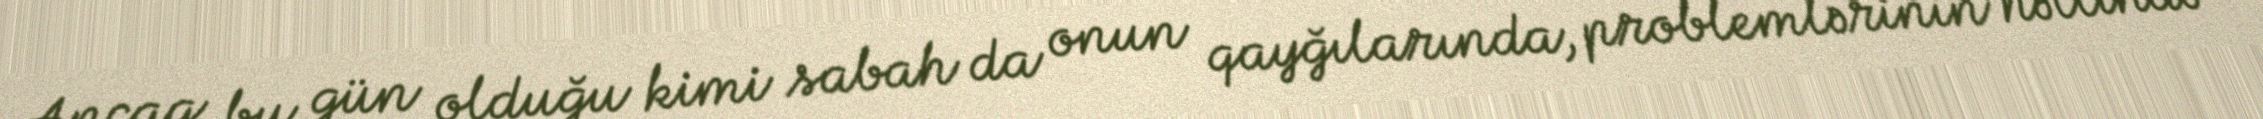
Ancaq bu gün olduğu kimi sabah da onun qayğılarında, problemlərinin həllində